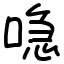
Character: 喼